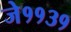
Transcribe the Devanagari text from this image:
जे११३१